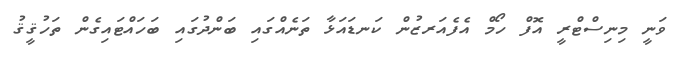
ވަނީ މިނިސްޓްރީ އޮފް ހޯމް އެފެއަރޒުން ކަނޑައަޅާ ތަނެއްގައި ބަންދުގައި ބަހައްޓައިގެން ތަހުޤީޤު